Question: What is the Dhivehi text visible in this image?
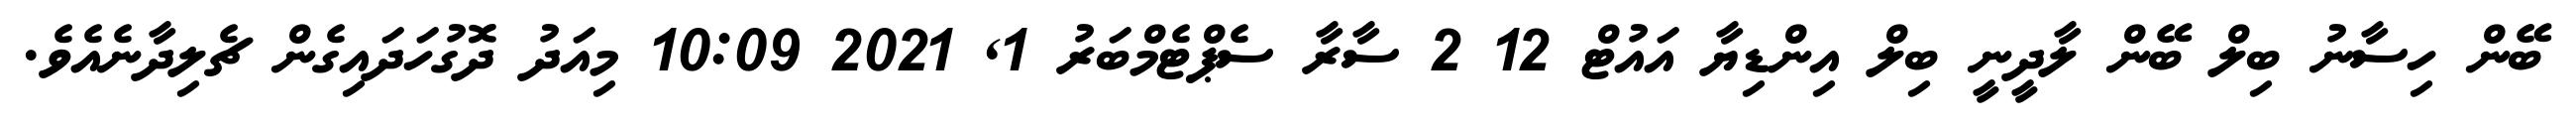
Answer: ބޭން ހިސާނު ބިލް ބޭން ލާދީނީ ބިލް އިންޑިޔާ އައުޓް 12 2 ސާރާ ސެޕްޓެމްބަރު 1, 2021 10:09 މިއަދު ދޮގުހަދައިގެން ޗެލިދާނެއެވެ.